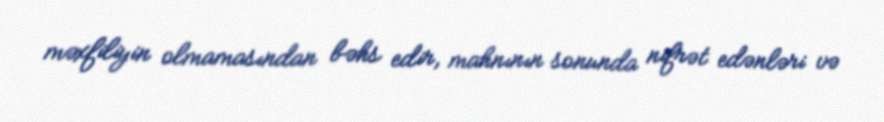
məxfiliyin olmamasından bəhs edir, mahnının sonunda nifrət edənləri və